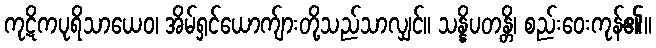
ကုဋိကပုရိသာယေဝ၊ အိမ်ရှင်ယောက်ျားတို့သည်သာလျှင်။ သန္နိပတန္တိ၊ စည်းဝေးကုန်၏။